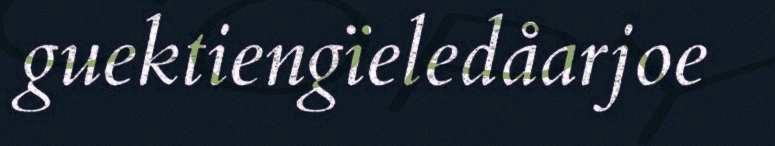
guektiengïeledåarjoe